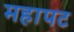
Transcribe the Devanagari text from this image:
महापट